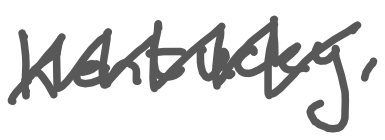
Text: Kentucky,
Cross-out: zig-zag
Writing tool: digital_gray